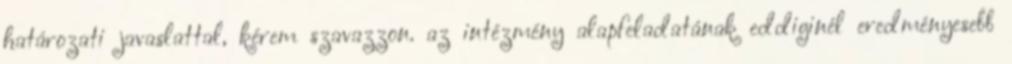
határozati javaslattal, kérem szavazzon. az intézmény alapfeladatának eddiginél eredményesebb